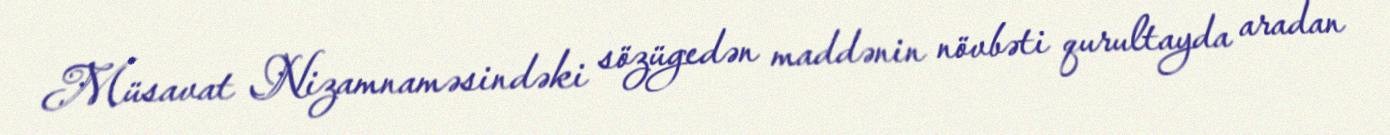
Müsavat Nizamnaməsindəki sözügedən maddənin növbəti qurultayda aradan